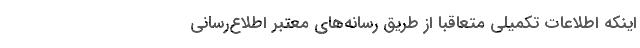
اینکه اطلاعات تکمیلی متعاقباً از طریق رسانه‌های معتبر اطلاع‌رسانی